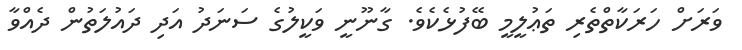
ވަރަށް ހަރަކާތްތެރި ތަޢުލީމީ ބޭފުޅެކެވެ. ގާނޫނީ ވަކީލުގެ ސަނަދު އަދި ދައުލަތުން ދެއްވާ